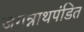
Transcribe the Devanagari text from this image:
जगन्नाथपंडित